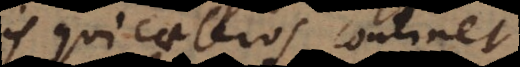
is qui caeteros continet